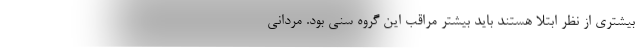
بیشتری از نظر ابتلا هستند باید بیشتر مراقب این گروه سنی بود. مردانی